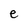
Character: e